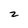
Character: 2